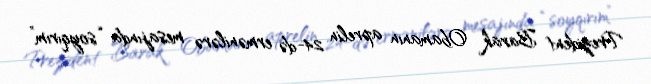
Prezident Barak Obamanın aprelin 24-də ermənilərə mesajında “soyqırım”